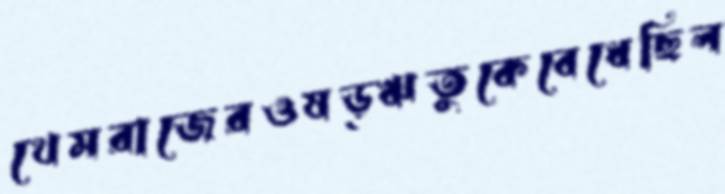
খেমরাজেরওষড়্ঋতুকেবেধেছিল